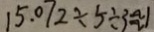
1 5 . 0 7 2 \div 5 \div 3 \approx 1